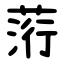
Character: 䓷